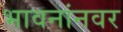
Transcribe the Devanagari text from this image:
भावनांनवर